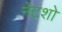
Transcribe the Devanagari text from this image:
नेटशो